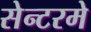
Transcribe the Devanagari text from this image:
सेन्टरमे